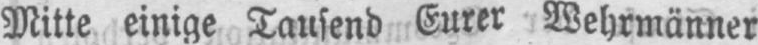
Mitte einige Tausend Eurer Wehrmänner